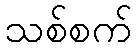
သစ်စက်